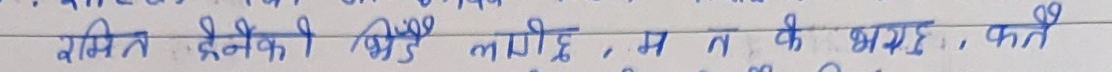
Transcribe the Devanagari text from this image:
गणित दैनिको अङ्क लागि, म, न क भय छ, कति